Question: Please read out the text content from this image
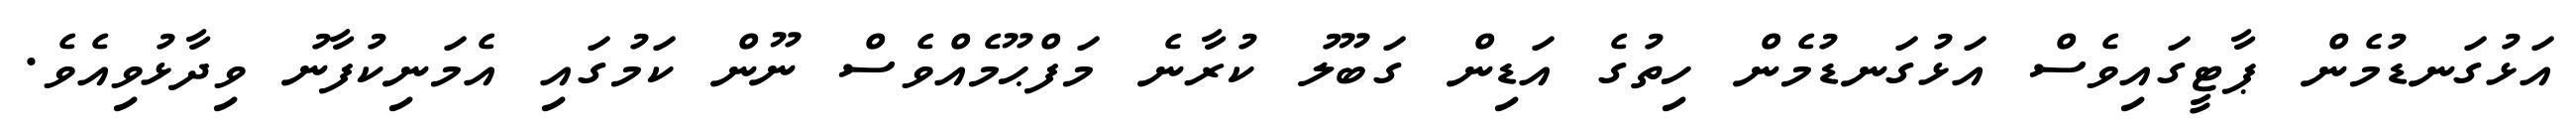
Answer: އަޅުގަނޑުމެން ޕާޓީގައިވެސް އަޅުގަނޑުމެން ހިތުގެ އަޑިން ގަބޫލު ކުރާނެ މަފްޙޫމެއްވެސް ނޫން ކަމުގައި އެމަނިކުފާނު ވިދާޅުވިއެވެ.